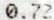
0.72